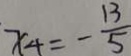
x _ { 4 } = - \frac { 1 3 } { 5 }